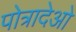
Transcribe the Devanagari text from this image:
पोत्रादेओ